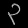
Digit: ၃